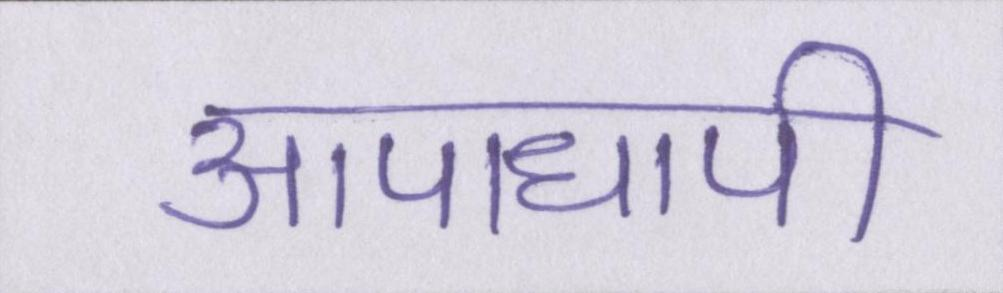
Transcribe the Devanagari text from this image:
आपाधापी